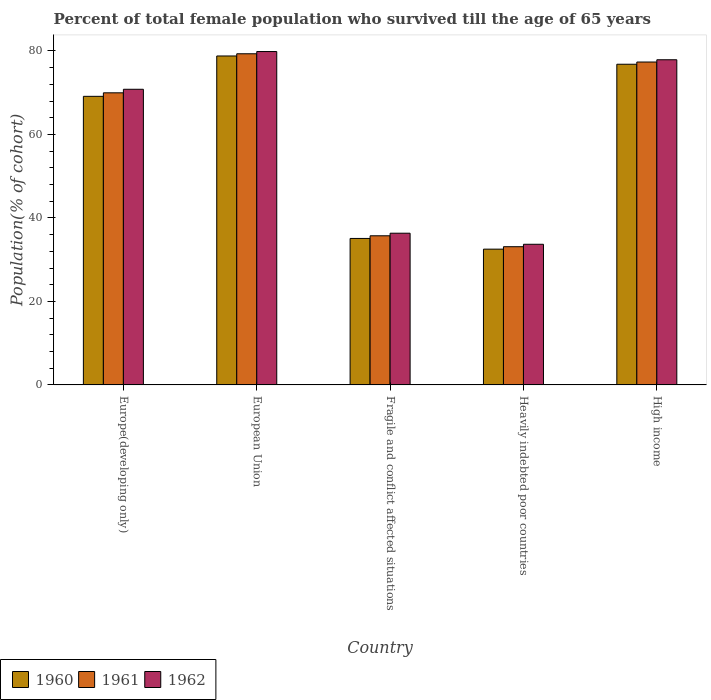
| Country | 1960 | 1961 | 1962 |
 | --- | --- | --- | --- |
 | Europe(developing only) | 69.1 | 70 | 70.8 |
 | European Union | 78.8 | 79.3 | 79.9 |
 | Fragile and conflict affected situations | 35.1 | 35.7 | 36.3 |
 | Heavily indebted poor countries | 32.5 | 33.1 | 33.7 |
 | High income | 76.8 | 77.3 | 77.9 |